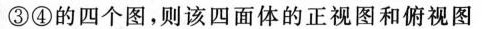
③④的四个图，则该四面体的正视图和俯视图